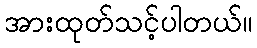
အားထုတ်သင့်ပါတယ်။